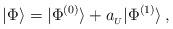
LaTeX: \begin{align*}|\Phi\rangle=|\Phi^{(0)}\rangle+a_{_U}|\Phi^{(1)}\rangle\,,\end{align*}